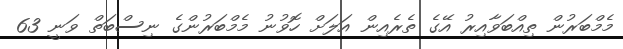
މެމްބަރުން ތިއްބަވާއިރު އޭގެ ތެރެއިން އަލަށް ހޮވުނު މެމްބަރުންގެ ނިސްބަތް ވަނީ 63